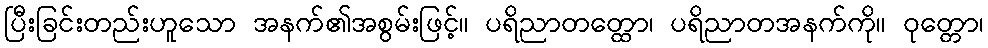
ပြီးခြင်းတည်းဟူသော အနက်၏အစွမ်းဖြင့်။ ပရိညာတတ္ထော၊ ပရိညာတအနက်ကို။ ဝုတ္တော၊